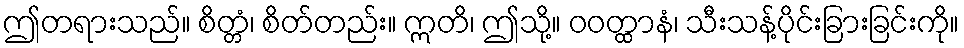
ဤတရားသည်။ စိတ္တံ၊ စိတ်တည်း။ ဣတိ၊ ဤသို့။ ဝဝတ္ထာနံ၊ သီးသန့်ပိုင်းခြားခြင်းကို။